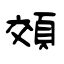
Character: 頝